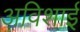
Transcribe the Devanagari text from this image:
अविशाई